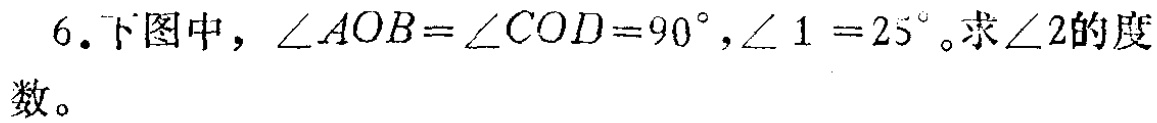
6. 下图中，\(\angle AOB = \angle COD = 90^{\circ},\angle 1 = 25^{\circ}\)。求\(\angle 2\)的度数。